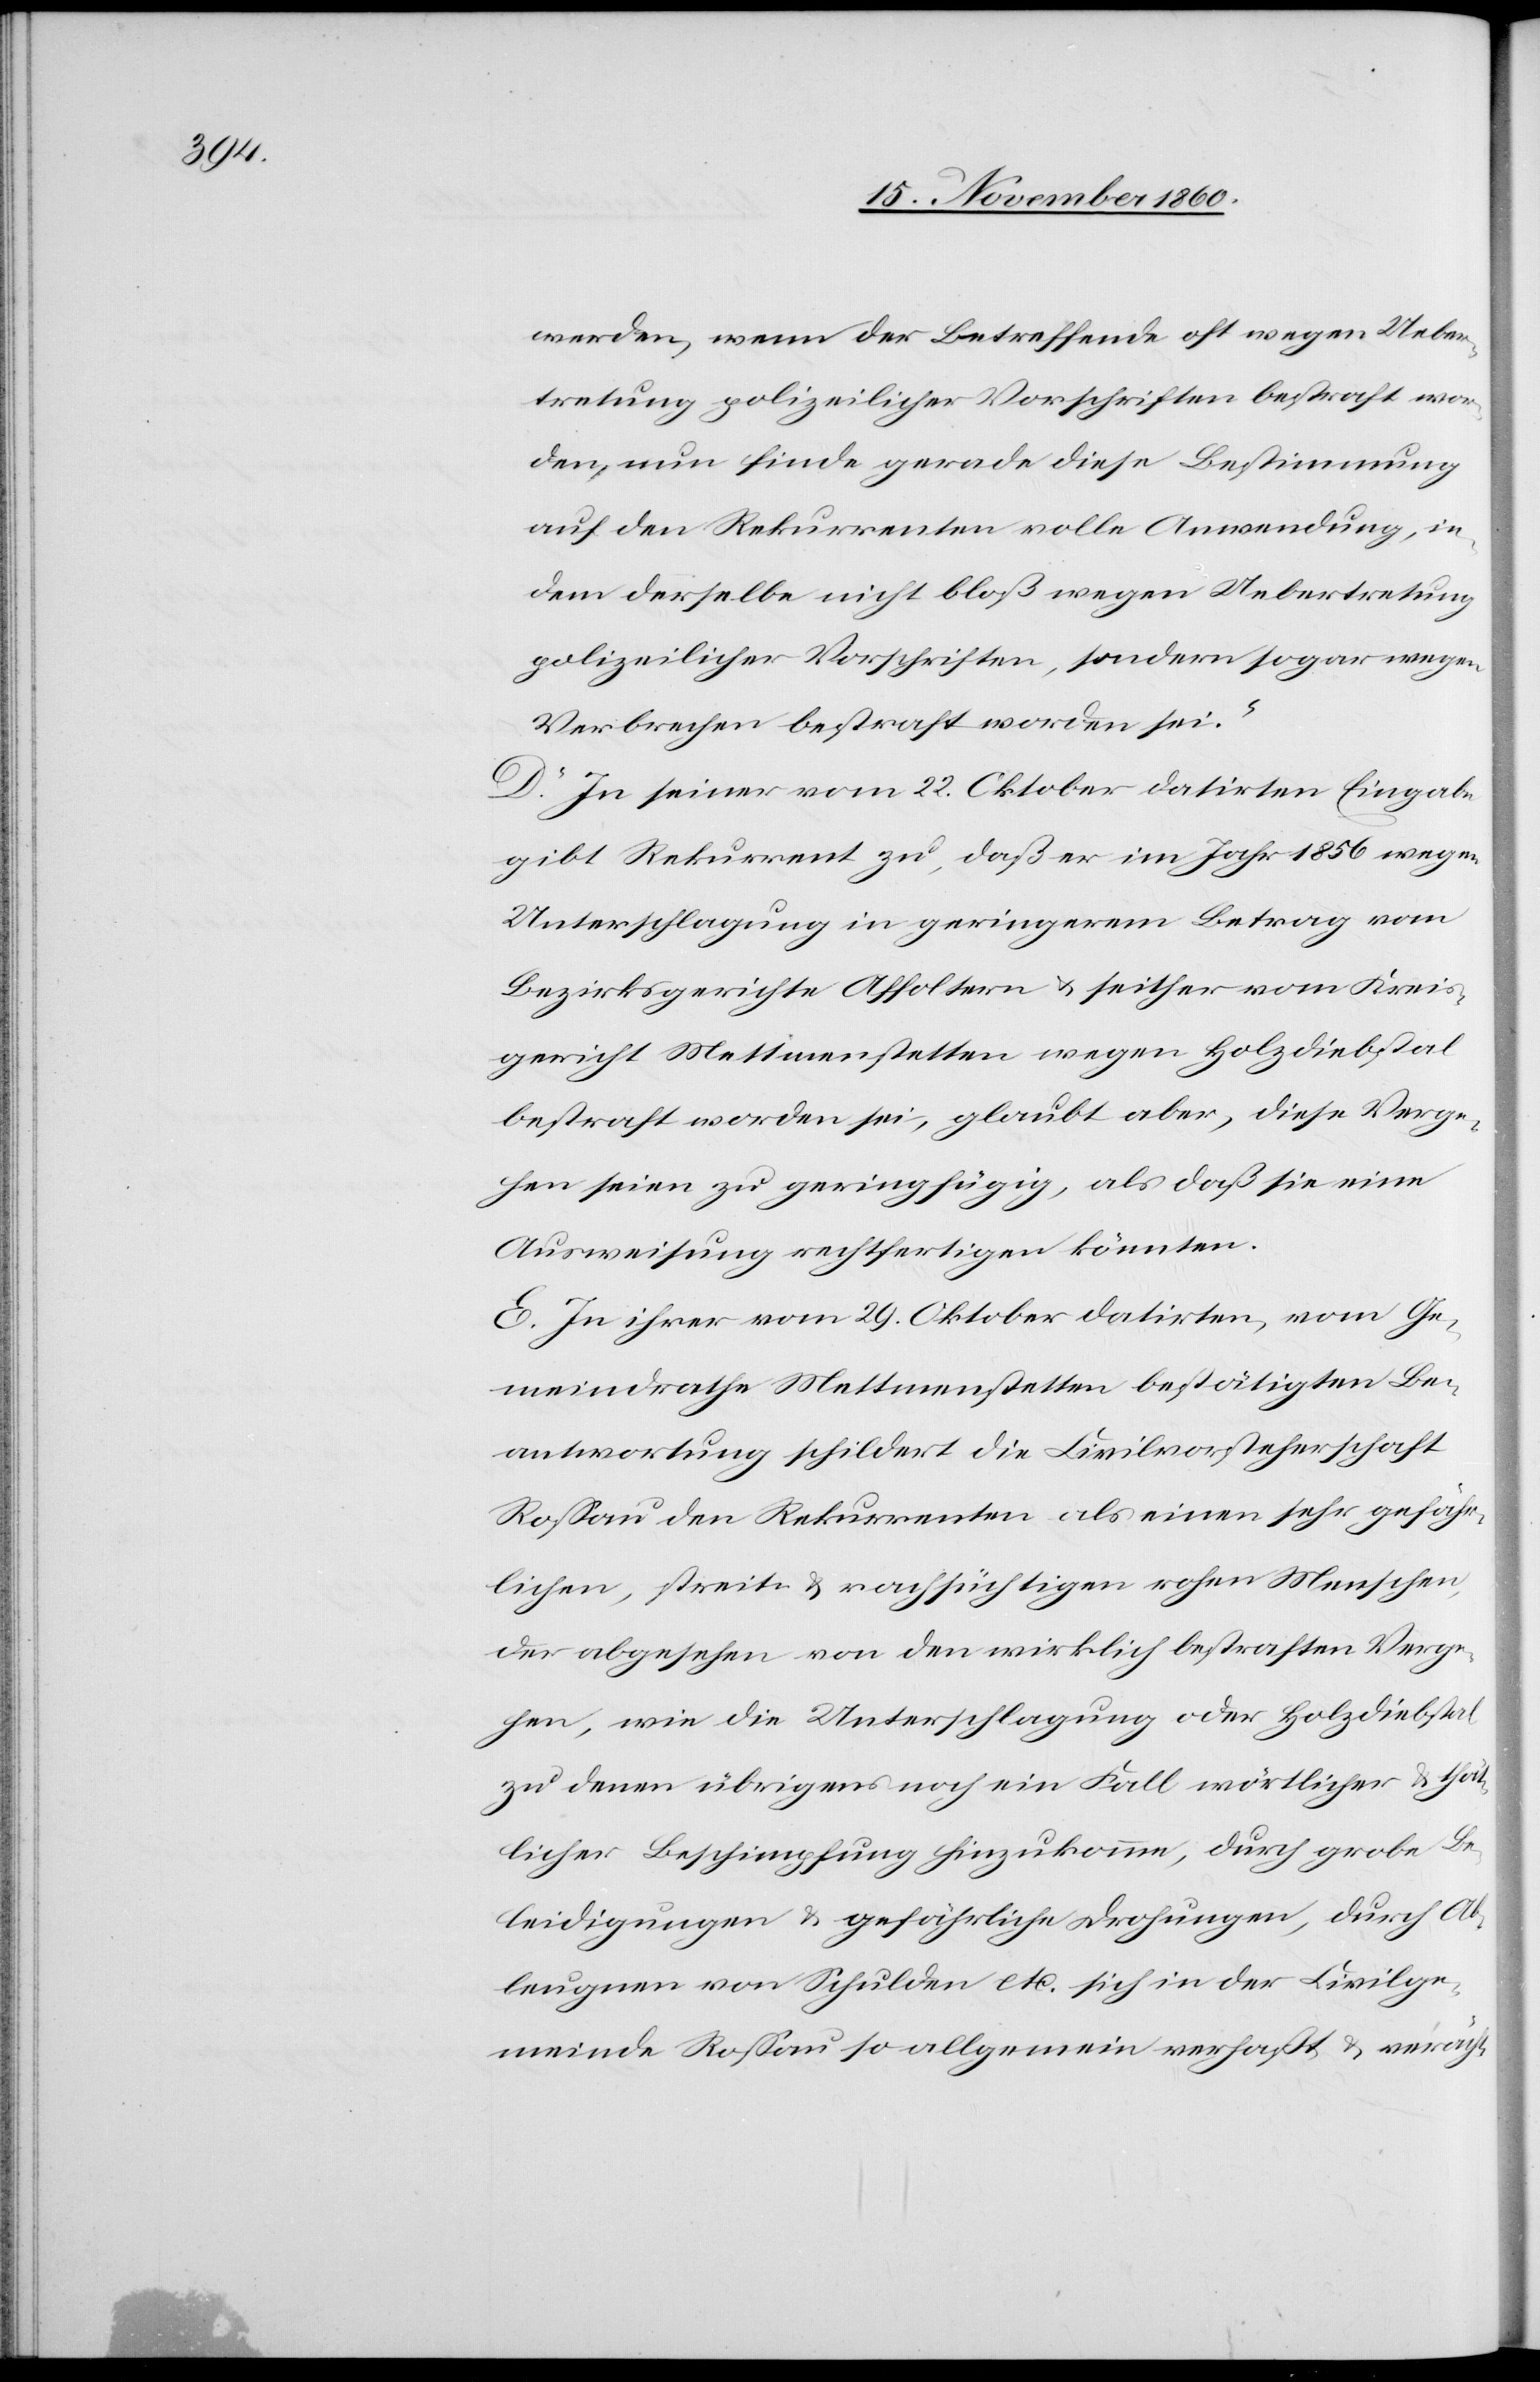
werden, wenn der Betreffende oft wegen Ueber¬
tretung polizeilicher Vorschriften bestraft wor¬
den, nun finde gerade diese Bestimmung
auf den Rekurrenten volle Anwendung, in¬
dem derselbe nicht bloß wegen Uebertretung
polizeilicher Vorschriften, sondern sogar wegen
Verbrechen bestraft worden sei.“
D. In seiner vom 22. Oktober datirten Eingabe
gibt Rekurrent zu, daß er im Jahr 1856 wegen
Unterschlagung in geringerem Betrag vom
Bezirksgerichte Affoltern u. seither vom Kreis¬
gericht Mettmenstetten wegen Holzdiebstal
bestraft worden sei, glaubt aber, diese Verge¬
hen seien zu geringfügig, als daß sie eine
Ausweisung rechtfertigen könnten.
E. In ihrer vom 29. Oktober datirten, vom Ge¬
meindrathe Mettmenstetten bestätigten Be¬
antwortung schildert die Civilvorsteherschaft
Rossau den Rekurrenten als einen sehr gefähr¬
lichen, streit- u. rachsüchtigen rohen Menschen,
der abgesehen von den wirklich bestraften Verge¬
hen, wie die Unterschlagung oder Holzdiebstal
zu denen übrigens noch ein Fall wörtlicher u. thät¬
licher Beschimpfung hinzukomme, durch grobe Be¬
leidigungen u. gefährliche Drohungen, durch A¬
bleugnen von Schulden etc. sich in der Civilge¬
meinde Rossau so allgemein verhaßt u. verächt-